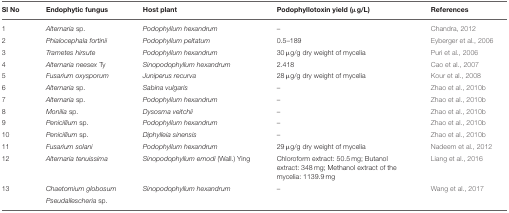
<table><thead><tr><td><b>Sl No</b></td><td><b>Endophytic fungus</b></td><td><b>Host plant</b></td><td><b>Podophyllotoxin yield (μg/L)</b></td><td><b>References</b></td></tr></thead><tbody><tr><td>1</td><td><i>Alternaria</i> sp.</td><td><i>Podophyllum hexandrum</i></td><td>–</td><td>Chandra, 2012</td></tr><tr><td>2</td><td><i>Phialocephala fortinii</i></td><td><i>Podophyllum peltatum</i></td><td>0.5–189</td><td>Eyberger et al., 2006</td></tr><tr><td>3</td><td><i>Trametes hirsute</i></td><td><i>Podophyllum hexandrum</i></td><td>30 μg/g dry weight of mycelia</td><td>Puri et al., 2006</td></tr><tr><td>4</td><td><i>Alternaria neesex</i> Ty</td><td><i>Sinopodophyllum hexandrum</i></td><td>2.418</td><td>Cao et al., 2007</td></tr><tr><td>5</td><td><i>Fusarium oxysporum</i></td><td><i>Juniperus recurva</i></td><td>28 μg/g dry weight of mycelia</td><td>Kour et al., 2008</td></tr><tr><td>6</td><td><i>Alternaria</i> sp.</td><td><i>Sabina vulgaris</i></td><td>–</td><td>Zhao et al., 2010b</td></tr><tr><td>7</td><td><i>Alternaria</i> sp.</td><td><i>Podophyllum hexandrum</i></td><td>–</td><td>Zhao et al., 2010b</td></tr><tr><td>8</td><td><i>Monilia</i> sp.</td><td><i>Dysosma veitchii</i></td><td>–</td><td>Zhao et al., 2010b</td></tr><tr><td>9</td><td><i>Penicillium</i> sp.</td><td><i>Podophyllum hexandrum</i></td><td>–</td><td>Zhao et al., 2010b</td></tr><tr><td>10</td><td><i>Penicillium</i> sp.</td><td><i>Diphylleia sinensis</i></td><td>–</td><td>Zhao et al., 2010b</td></tr><tr><td>11</td><td><i>Fusarium solani</i></td><td><i>Podophyllum hexandrum</i></td><td>29 μg/g dry weight of mycelia</td><td>Nadeem et al., 2012</td></tr><tr><td>12</td><td><i>Alternaria tenuissima</i></td><td><i>Sinopodophyllum emodi</i> (Wall.) Ying</td><td>Chloroform extract: 50.5 mg; Butanol extract: 348 mg; Methanol extract of the mycelia: 1139.9 mg</td><td>Liang et al., 2016</td></tr><tr><td>13</td><td><i>Chaetomium globosum</i></td><td><i>Sinopodophyllum hexandrum</i></td><td>–</td><td>Wang et al., 2017</td></tr><tr><td></td><td><i>Pseudallescheria</i> sp.</td><td></td><td></td><td></td></tr></tbody></table>